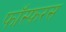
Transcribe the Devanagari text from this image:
फॉस्फ़रस